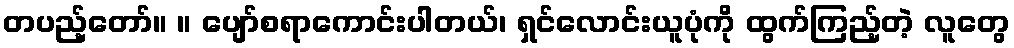
တပည့်တော်။ ။ ပျော်စရာကောင်းပါတယ်၊ ရှင်လောင်းယူပုံကို ထွက်ကြည့်တဲ့ လူတွေ